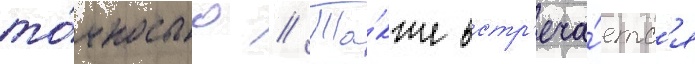
то́чностью // Та́кже встр'еча́етс'я